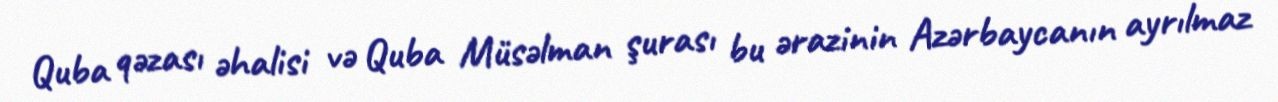
Quba qəzası əhalisi və Quba Müsəlman şurası bu ərazinin Azərbaycanın ayrılmaz